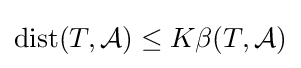
{\mbox{dist}}(T,{\mathcal {A}})\leq K\beta (T,{\mathcal {A}})